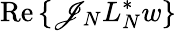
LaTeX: \operatorname{Re}{\{ \mathscr{J}_{N}L_{N}^{*}w\} }